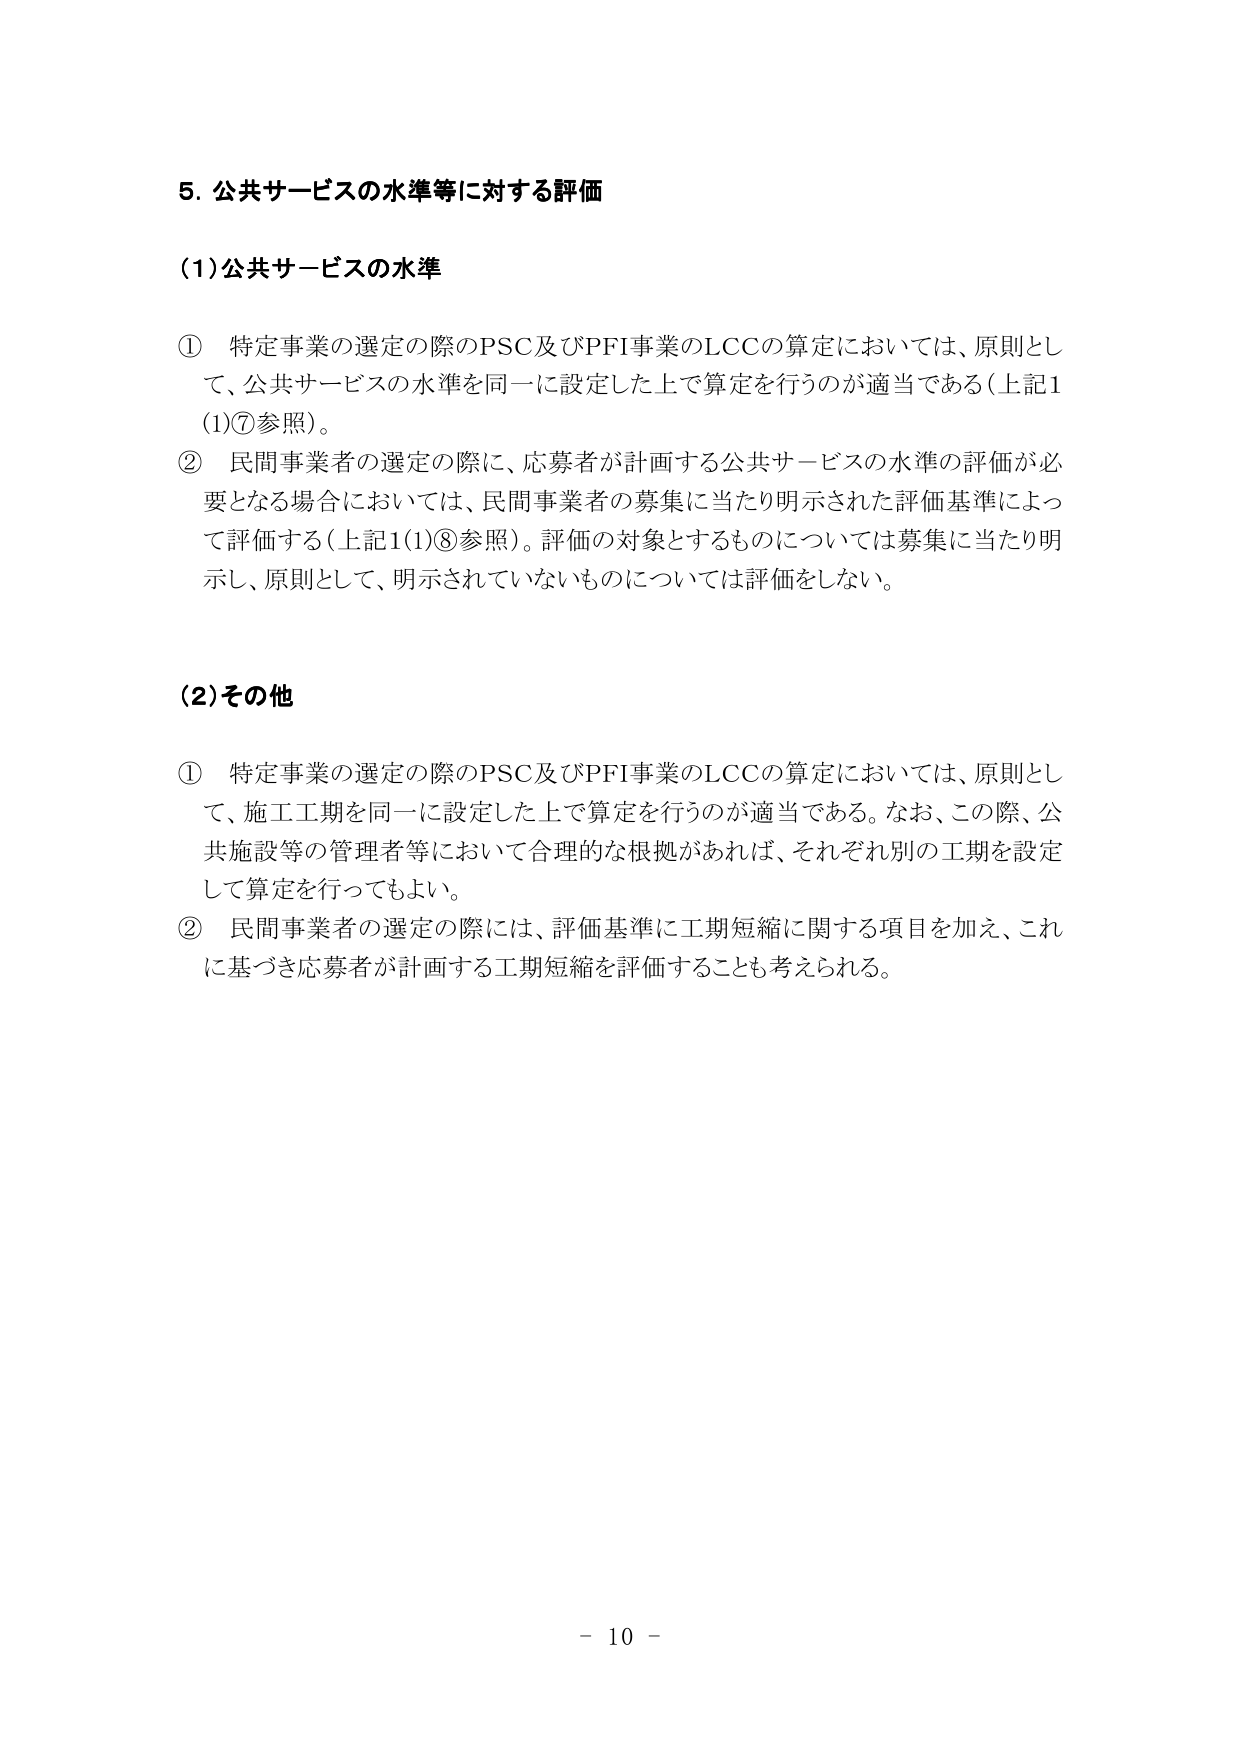
5. 公共サービスの水準等に対する評価

(1) 公共サービスの水準

① 特定事業の選定の際のPSC及びPFI事業のLCCの算定においては、原則として、公共サービスの水準を同一に設定した上で算定を行うのが適当である（上記1(1)⑦参照）。

② 民間事業者の選定の際に、応募者が計画する公共サービスの水準の評価が必要となる場合においては、民間事業者の募集に当たり明示された評価基準によって評価する（上記1(1)⑧参照）。評価の対象とするものについては募集に当たり明示し、原則として、明示されていないものについては評価をしない。

(2) その他

① 特定事業の選定の際のPSC及びPFI事業のLCCの算定においては、原則として、施工工期を同一に設定した上で算定を行うのが適当である。なお、この際、公共施設等の管理者等において合理的な根拠があれば、それぞれ別の工期を設定して算定を行ってもよい。

② 民間事業者の選定の際には、評価基準に工期短縮に関する項目を加え、これに基づき応募者が計画する工期短縮を評価することも考えられる。

- 10 -